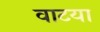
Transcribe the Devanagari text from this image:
वाटया